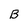
Character: B